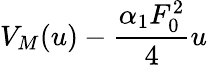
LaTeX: V_{M}(u)-\frac{\alpha_{1}F_{0}^{2}}{4}u